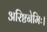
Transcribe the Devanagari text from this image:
अरिष्टनेमिः।